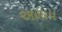
અમાપ